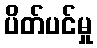
ပိတ်ပင်မှု